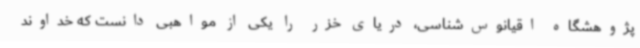
پژوهشگاه اقیانوس‌شناسی، دریای خزر را یکی از مواهبی دانست که خداوند